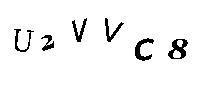
U2VVC8